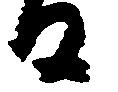
る